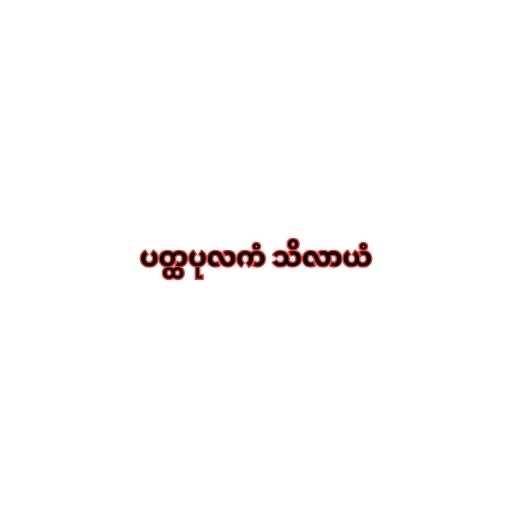
ပတ္ထပုလကံ သိလာယံ